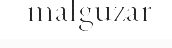
malguzar